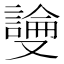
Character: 𫩎